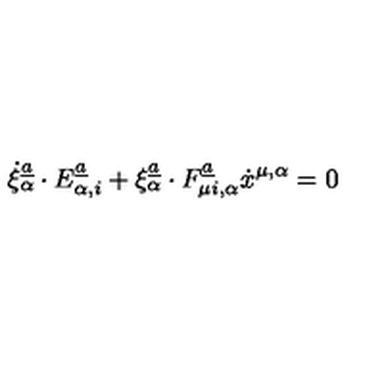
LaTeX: \dot { \xi } _ { \alpha } \sp { \underline { { a } } } \cdot E _ { \alpha , i } \sp { \underline { { a } } } + \xi _ { \alpha } \sp { \underline { { a } } } \cdot F _ { \mu i , \alpha } \sp { \underline { { a } } } \dot { x } \sp { \mu , \alpha } = 0